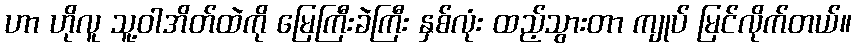
ဟာ ဟိုလူ သူ့ဝါအိတ်ထဲကို မြေကြီးခဲကြီး နှစ်လုံး ထည့်သွားတာ ကျုပ် မြင်လိုက်တယ်။